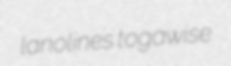
lanolines togawise